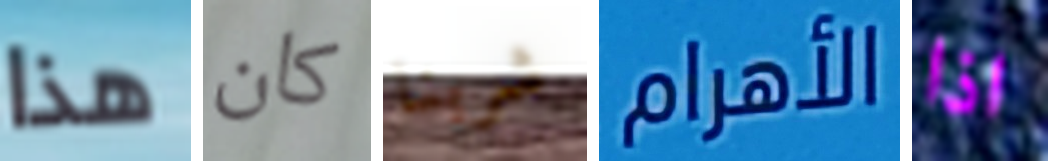
هذا كان شربنا الأهرام اذا